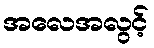
အလေအလွင့်